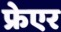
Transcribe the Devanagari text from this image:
फ्रेएर